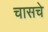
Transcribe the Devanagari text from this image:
चासचे